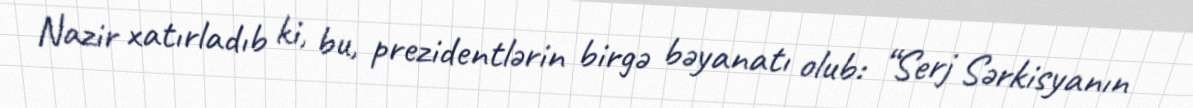
Nazir xatırladıb ki, bu, prezidentlərin birgə bəyanatı olub: “Serj Sərkisyanın